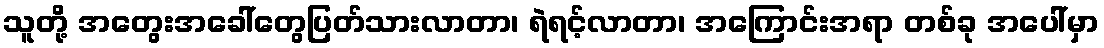
သူတို့ အတွေးအခေါ်တွေပြတ်သားလာတာ၊ ရဲရင့်လာတာ၊ အကြောင်းအရာ တစ်ခု အပေါ်မှာ